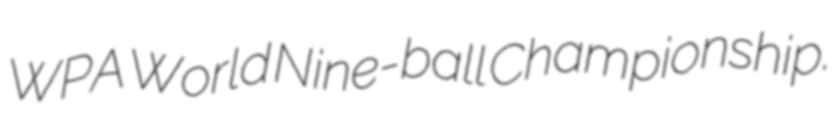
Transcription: WPA World Nine-ball Championship.